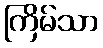
ကြိမ်သာ